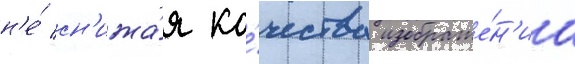
н'е́ сн'ижа́я ка́чества изображе́н'иа